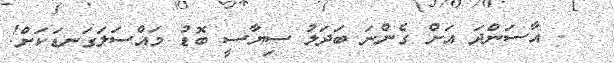
- އާސަންދަ އަށް ގެންނަ ބަދަލު ސިޔާސީ ބޮޑު މައްސަލަގަނޑަކަށް!